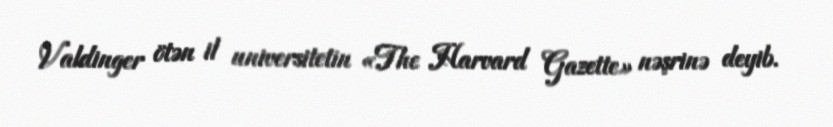
Valdinger ötən il universitetin «The Harvard Gazette» nəşrinə deyib.